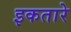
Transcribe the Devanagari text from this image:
इकतारे